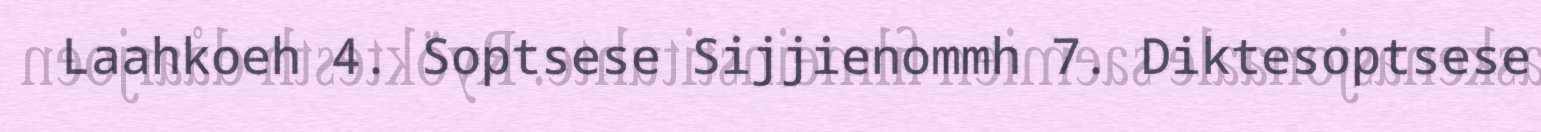
Laahkoeh 4. Soptsese Sijjienommh 7. Diktesoptsese